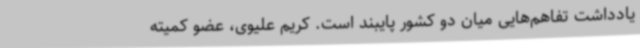
یادداشت تفاهم‌هایی میان دو کشور پایبند است. کریم علیوی، عضو کمیته